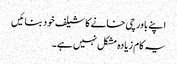
اپنے باورچی خانے کا شیلف خود بنائیں
یہ کام زیادہ مشکل نہیں ہے۔